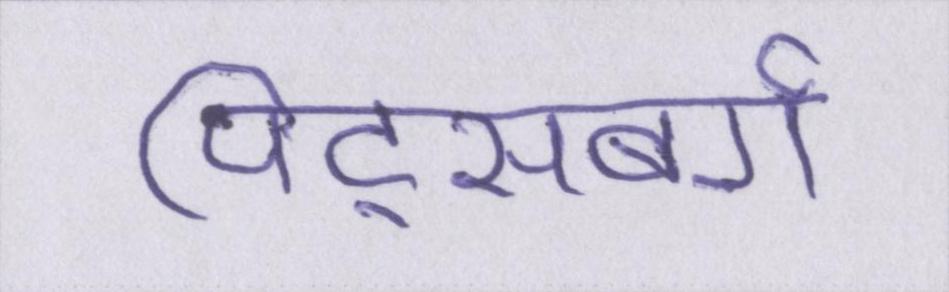
पिट्सबर्ग